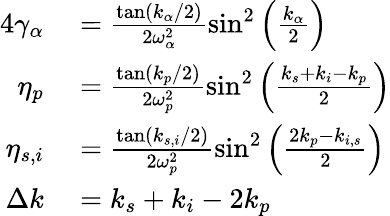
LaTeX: \begin{array}{rl}{{4}\gamma_{\alpha}}&{{}=\frac{\tan(k_{\alpha}/2)}{2\omega_{\alpha}^{2}}\sin^{2}\left(\frac{k_{\alpha}}{2}\right)}\\ {\eta_{p}}&{{}=\frac{\tan(k_{p}/2)}{2\omega_{p}^{2}}\sin^{2}\left(\frac{k_{s}+k_{i}-k_{p}}{2}\right)}\\ {\eta_{s,i}}&{{}=\frac{\tan(k_{s,i}/2)}{2\omega_{p}^{2}}\sin^{2}\left(\frac{2k_{p}-k_{i,s}}{2}\right)}\\ {\Delta k}&{{}=k_{s}+k_{i}-2k_{p}}\end{array}